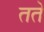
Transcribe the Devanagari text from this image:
तते